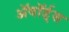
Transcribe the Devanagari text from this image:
ॲवॉर्ड्‌स